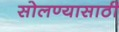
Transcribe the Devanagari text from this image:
सोलण्यासाठी